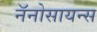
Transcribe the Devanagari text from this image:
नॅनोसायन्स